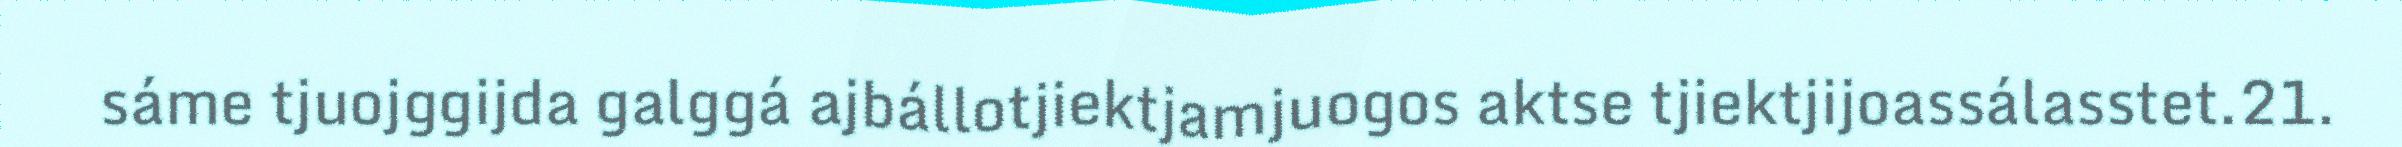
sáme tjuojggijda galggá ajbállotjiektjamjuogos aktse tjiektjijoassálasstet.21.